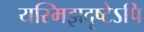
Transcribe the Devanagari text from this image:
यस्मिझदृष्टेऽपि